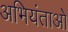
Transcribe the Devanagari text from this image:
अभियंताओ